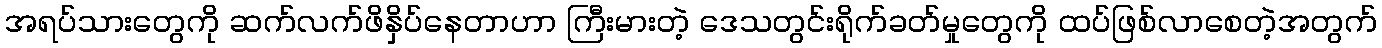
အရပ်သားတွေကို ဆက်လက်ဖိနှိပ်နေတာဟာ ကြီးမားတဲ့ ဒေသတွင်းရိုက်ခတ်မှုတွေကို ထပ်ဖြစ်လာစေတဲ့အတွက်